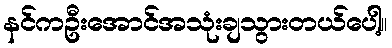
နင်ကဦးအောင်အသုံးချသွားတယ်ပေါ့။